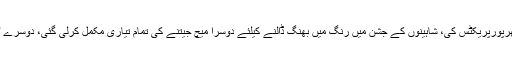
مہمان ٹیم نےہیتھار تیز کرنے کیلئے ہفتے کے روز میں بھرپورپریکٹس کی، شاہینوں کے جشن میں رنگ میں بھنگ ڈالنے کیلئے دوسرا میچ جیتنے کی تمام تیاری مکمل کرلی گئی، دوسرے ٹی ٹوئنٹی بھی اسٹیڈیم تماشائیوں کے کھچاکھچ بھرارہے گا۔